Report on vaccination in Madras 1895-1903 - 1895-1903
Year: 1895
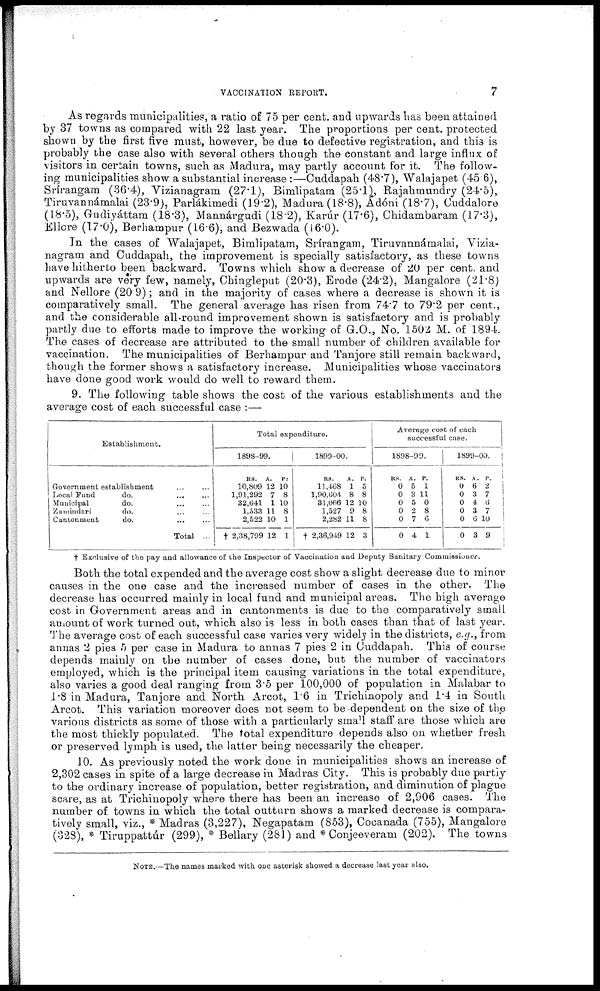
VACCINATION REPORT.
7
As regards municipalities, a ratio of 75 per cent. and upwards has been attained
by 37 towns as compared with 22 last year. The proportions per cent. protected
shown by the first five must, however, be due to defective registration, and this is
probably the case also with several others though the constant and large influx of
visitors in certain towns, such as Madura, may partly account for it. The follow-
ing municipalities show a substantial increase :—Cuddapah (48.7), Walajapet (45.6),
Srírangam (36.4), Vizianagram (27.1), Bimlipatam (25.1), Rajahmundry (24.5),
Tiruvannámalai (23.9), Parlákimedi (19.2), Madura (18.8), Adóni (18.7), Cuddalore
(18.5), Gudiyáttam (18.3), Mannárgudi (18.2), Karúr (17.6), Chidambaram (17.3),
Ellore (17.0), Berhampur (16.6), and Bezwada (16.0).
In the cases of Walajapet, Bimlipatam, Srírangam, Tiruvannámalai, Vizia-
nagram and Cuddapah, the improvement is specially satisfactory, as these towns
have hitherto been backward. Towns which show a decrease of 20 per cent. and
upwards are very few, namely, Chingleput (20.3), Erode (24.2), Mangalore (21.8)
and Nellore (20.9); and in the majority of cases where a decrease is shown it is
comparatively small. The general average has risen from 74.7 to 79.2 per cent.,
and the considerable all-round improvement shown is satisfactory and is probably
partly due to efforts made to improve the working of G.O., No. 1502 M. of 1894.
The cases of decrease are attributed to the small number of children available for
vaccination. The municipalities of Berhampur and Tanjore still remain backward,
though the former shows a satisfactory increase. Municipalities whose vaccinators
have done good work would do well to reward them.
9. The following table shows the cost of the various establishments and the
average cost of each successful case :—
Establishment.
Government establishment ... ...
Local Fund
do. ... ...
Municipal
do. ... ...
Zamindari
do. ... ...
Cantonment
do. ... ...
Total ...
Total expenditure.
1898-99.
RS.
10,809
1,91,292
32,641
1,533
2,522
† 2,38,799
A.
12
7
1
11
10
12
P.
10
8
10
8
1
1
1899-00.
RS.
11,468
1,90,604
31,066
1,527
2,282
† 2,36,949
A.
1
8
12
9
11
12
P.
5
8
10
8
8
3
Average cost of each
successful case.
1898-99.
RS.
0
0
0
0
0
0
A.
5
3
5
2
7
4
P.
1
11
0
8
6
1
1899-00.
RS.
0
0
0
0
0
0
A.
6
3
4
3
6
3
P.
2 7
6
7
10
9
† Exclusive of the pay and allowance of the Inspector of Vaccination and Deputy Sanitary Commissioner.
Both the total expended and the average cost show a slight decrease due to minor
causes in the one case and the increased number of cases in the other. The
decrease has occurred mainly in local fund and municipal areas. The high average
cost in Government areas and in cantonments is due to the comparatively small
amount of work turned out, which also is less in both cases than that of last year.
The average cost of each successful case varies very widely in the districts, e.g., from
annas 2 pies 5 per case in Madura to annas 7 pies 2 in Cuddapah. This of course
depends mainly on the number of cases done, but the number of vaccinators
employed, which is the principal item causing variations in the total expenditure,
also varies a good deal ranging from 3.5 per 100,000 of population in Malabar to
1.8 in Madura, Tanjore and North Arcot, 1.6 in Trichinopoly and 1.4 in South
Arcot. This variation moreover does not seem to be dependent on the size of the
various districts as some of those with a particularly small staff are those which are
the most thickly populated. The total expenditure depends also on whether fresh
or preserved lymph is used, the latter being necessarily the cheaper.
10. As previously noted the work done in municipalities shows an increase of
2,302 cases in spite of a large decrease in Madras City. This is probably due partly
to the ordinary increase of population, better registration, and diminution of plague
scare, as at Trichinopoly where there has been an increase of 2,906 cases. The
number of towns in which the total outturn shows a marked decrease is compara-
tively small, viz., * Madras (3,227), Negapatam (853), Cocanada (755), Mangalore
(328), * Tiruppattúr (299), * Bellary (281) and * Conjeeveram (202). The towns
NOTE.—The names marked with one asterisk showed a decrease last year also.